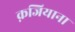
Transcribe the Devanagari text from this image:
क़जियाना